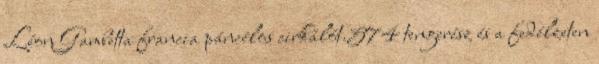
Léon Gambetta francia páncélos cirkálót.574 tengerész és a fedélzeten